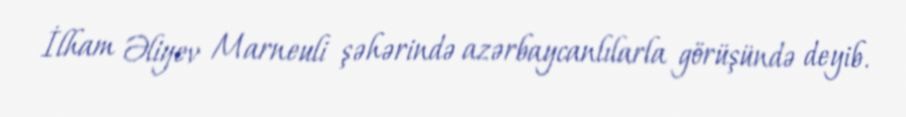
İlham Əliyev Marneuli şəhərində azərbaycanlılarla görüşündə deyib.